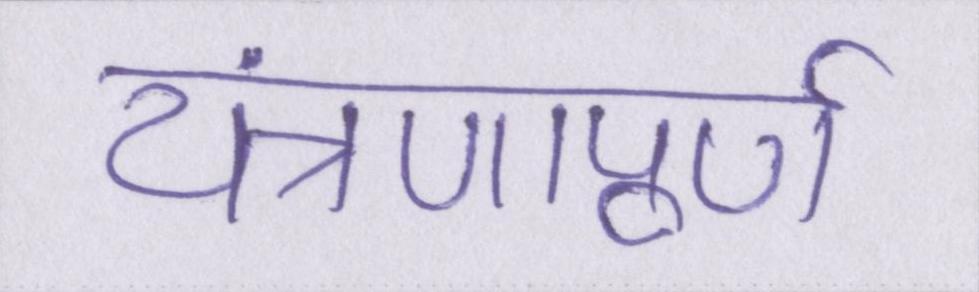
यंत्रणापूर्ण